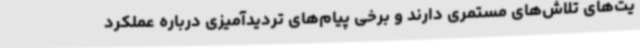
یت‌های تلاش‌های مستمری دارند و برخی پیام‌های تردیدآمیزی درباره عملکرد